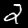
Label: 2